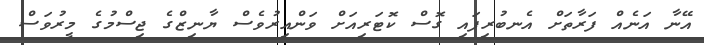
އޭނާ އަނެއް ފަރާތަށް އެނބުރިފައި ގޮސް ކޮޓަރިއަށް ވަންއިރުވެސް ޔާނިޒްގެ ޖިސްމުގެ މީރުވަސް